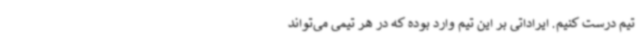
تیم درست کنیم. ایراداتی بر این تیم وارد بوده که در هر تیمی می‌تواند